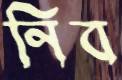
নিব